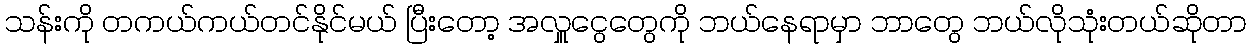
သန်းကို တကယ်ကယ်တင်နိုင်မယ် ပြီးတော့ အလှူငွေတွေကို ဘယ်နေရာမှာ ဘာတွေ ဘယ်လိုသုံးတယ်ဆိုတာ